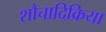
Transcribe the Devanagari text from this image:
शौचादिक्रिया